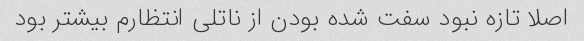
اصلا تازه نبود سفت شده بودن از ناتلی انتظارم بیشتر بود